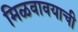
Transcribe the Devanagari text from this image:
मिळवावयाची